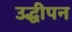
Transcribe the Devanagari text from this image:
उद्धीपन